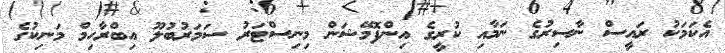
އެކަމަކު ރައީސް ނާސިރުގެ ނަމާއި ކުރީގެ އިންފޮމޭޝަން މިނިސްޓަރު ސަމަރުބުލޫ އިބްރާހިމް މަނިކުގެ